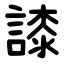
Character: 䜉